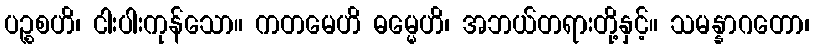
ပဉ္စစဟိ၊ ငါးပါးကုန်သော။ ကတမေဟိ ဓမ္မေဟိ၊ အဘယ်တရားတို့နှင့်။ သမန္နာဂတော၊